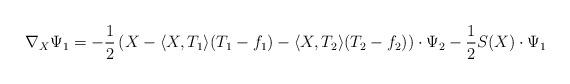
LaTeX: \begin{align*}\nabla_X\Psi_1=-\frac{1}{2}\left(X-\langle X,T_1\rangle (T_1-f_1)-\langle X,T_2\rangle (T_2-f_2)\right)\cdot\Psi_2-\frac{1}{2}S(X)\cdot\Psi_1\end{align*}